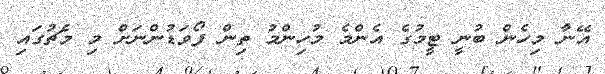
އޭނާ މިހެން ބުނީ ޓީމުގެ އެންމެ މުހިންމު ތިން ފޯވަޑުންނަށް މި މެޗުގައި